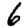
Digit: 6